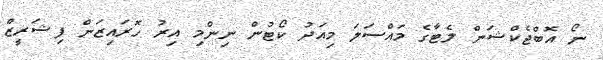
ނޯ އޮބްޖެކްޝަން ލެޓާގެ މައްސަލަ މިއަދު ކޯޓުން ނިންމި އިރު ހޮރައިޒަން ފިޝަރީޒް